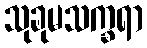
သုခုမသက္ခရာ